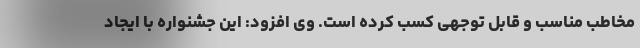
مخاطب مناسب و قابل توجهی کسب کرده است. وی افزود: این جشنواره با ایجاد